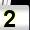
Digit: 2